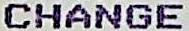
CHANGE